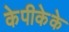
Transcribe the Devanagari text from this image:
केपीकेके